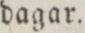
dagar.